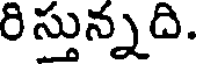
రిస్తున్నది.